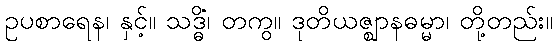
ဥပစာရေန၊ နှင့်။ သဒ္ဓိံ၊ တကွ။ ဒုတိယဇ္ဈာနဓမ္မာ၊ တို့တည်း။